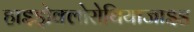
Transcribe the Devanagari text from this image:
हाइड्रोक्लोरोथियाजाइड